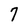
Character: 7